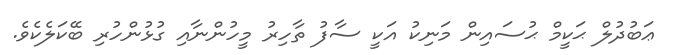
ޢަބުދުލް ޙަކީމް ޙުސައިން މަނިކު އަކީ ސާފު ތާހިރު މީހުންނާއި ގުޅުންހުރި ބޭކަލެކެވެ.